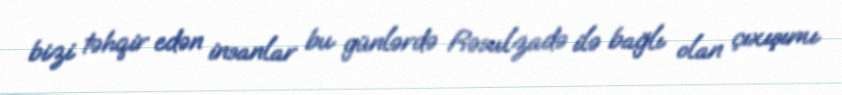
bizi təhqir edən insanlar bu günlərdə Rəsulzadə ilə bağlı olan çıxışımı